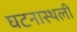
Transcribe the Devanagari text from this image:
घटनास्थली